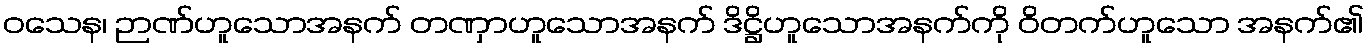
ဝသေန၊ ဉာဏ်ဟူသောအနက် တဏှာဟူသောအနက် ဒိဋ္ဌိဟူသောအနက်ကို ဝိတက်ဟူသော အနက်၏